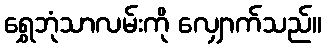
ရွှေဘုံသာလမ်းကို လျှောက်သည်။